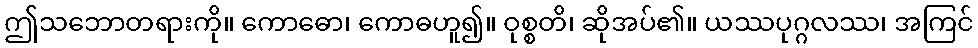
ဤသဘောတရားကို။ ကောဓော၊ ကောဓဟူ၍။ ဝုစ္စတိ၊ ဆိုအပ်၏။ ယဿပုဂ္ဂလဿ၊ အကြင်